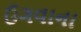
ઉગવાના